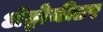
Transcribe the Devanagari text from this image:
अॅट्टोमीटर